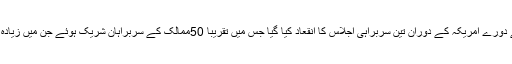
صدر ٹرمپ کے دورے امریکہ کے دوران تین سربراہی اجلاس کا انقعاد کیا گیا جس میں تقریبا 50ممالک کے سربراہان شریک ہوئے جن میں زیادہ تر مسلمان تھے۔